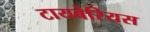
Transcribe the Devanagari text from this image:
टायबेरियस